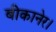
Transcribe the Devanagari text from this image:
बीकानेर।